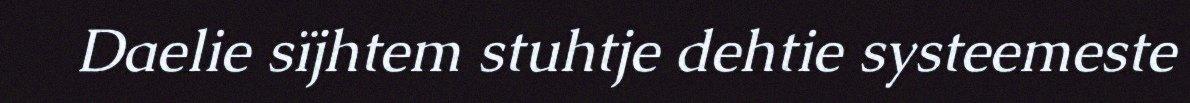
Daelie sïjhtem stuhtje dehtie systeemeste